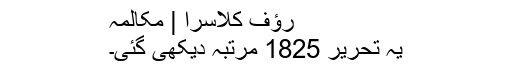
رؤف کلاسرا | مکالمہ
یہ تحریر 1825 مرتبہ دیکھی گئی۔